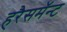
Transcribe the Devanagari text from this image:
हरैसमॅन्ट